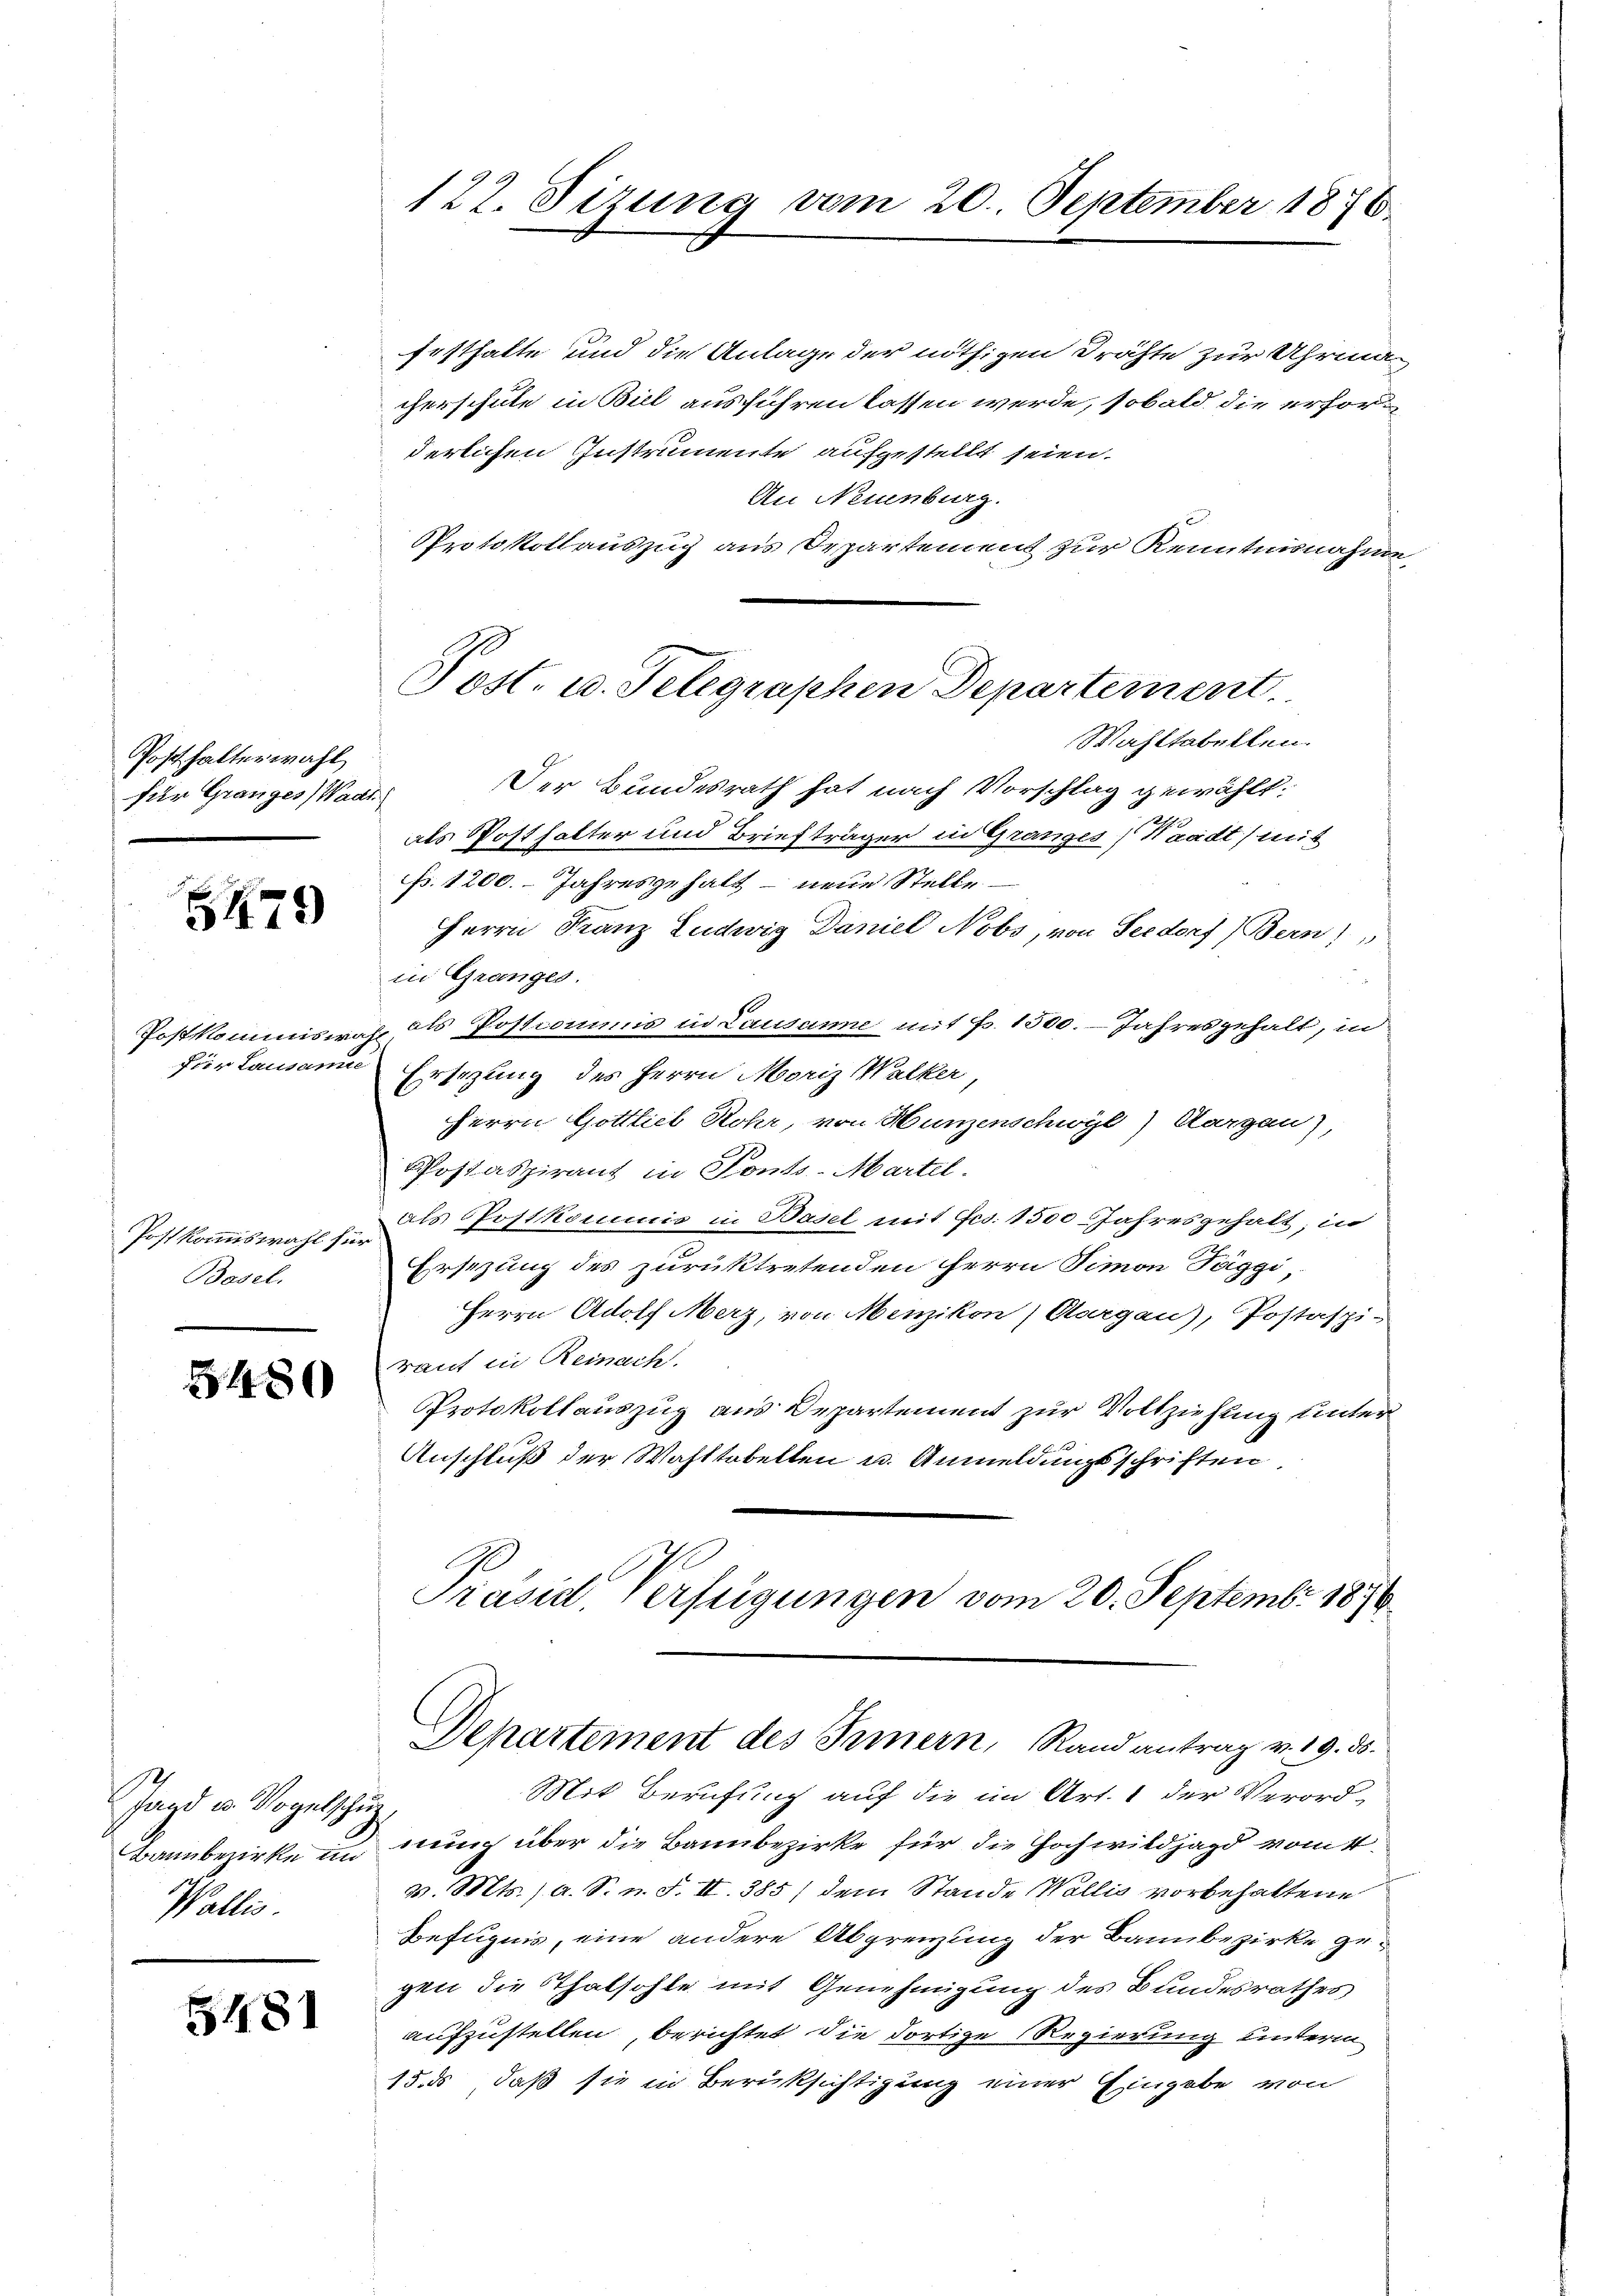
Posthalterwahl
für Granges Wadt

Z479

für Lausanne

Postkommiswahl für
Basel.

3480

agd in Vogelschutz
Bann bezirke un
Wallis.

5481

122. Sizung vom 20. September 1876.

festhalte und die Anlage der nöthigen Drähte zur Uhrma-
cherschule in Biel ausführen lassen werde, sobald die erforderlichen Instrumente aufgestellt seien.
An Neuenburg.
Protokollauszug aus Departement zur Kenntnisnahme
Post. u. Telegraphen Departement

Wahltabellen.
Der Bundesrath hat nach Vorschlag gewählt:

als Posthalter und Briefträger in Granzes Waadt) mit
Fr. 1200. Jahresgehalt – neue Stelle.
Herrn Franz Ludwig Daniel Nobs, von Seedorf (Bern)
in Granges.
Postkommiswah als Postionis in Lausanne mit Fr. 1500. Jahresgehalt, in
Ersezung des Herrn Moriz Walker
Herrn Gottlieb Rohr, von Hunzenschwyl) Aargau),
Phosiaspirant in Ponto- Martel.
als Postkommis in Basel mit Fes. 1500 Jahresgehalt; in
Ersezung des zurücktretenden Herrn Simon Taggi
Herrn Adolf Merz, von Menzikon, Aargau), Postaspi-
raut in Reinach
Protokollauszug aus Departement zur Vollziehung unter
Anschluß der Wahltobelten u. Anmeldungsschriften
Präsid, Verfügungen vom 20. Septembr. 1876

Departement des Innern, Rand antrag v. 19. ds.
Mit Berufung auf die im Art. 1 der Verord-

nung über die Bannbezirke für die Hochwildjagd vom 4.
v. Mts. ) A. S. n. F. II. 385) dem Stande Wallis vorbehaltene
Befugnis, eine andere Abgrenzung der Bannbezirke gegen die Thatsohle mit Genehmigung des Bundesrathes
aufzustellen, berichtet die dortige Regierung unterm
15., daß sie in Berüksichtigung einer Eingabe von